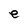
Character: e